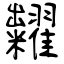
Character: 糶